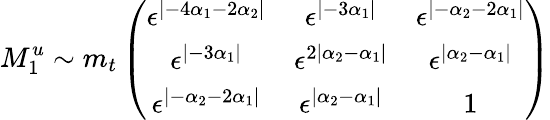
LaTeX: M_{1}^{u}\sim m_{t}\left(\begin{array}{ccc}{{\epsilon^{|-4\alpha_{1}-2\alpha_{2}|}}}&{{\epsilon^{|-3\alpha_{1}|}}}&{{\epsilon^{|-\alpha_{2}-2\alpha_{1}|}}}\\ {{\epsilon^{|-3\alpha_{1}|}}}&{{\epsilon^{2|\alpha_{2}-\alpha_{1}|}}}&{{\epsilon^{|\alpha_{2}-\alpha_{1}|}}}\\ {{\epsilon^{|-\alpha_{2}-2\alpha_{1}|}}}&{{\epsilon^{|\alpha_{2}-\alpha_{1}|}}}&{{1}}\end{array}\right)